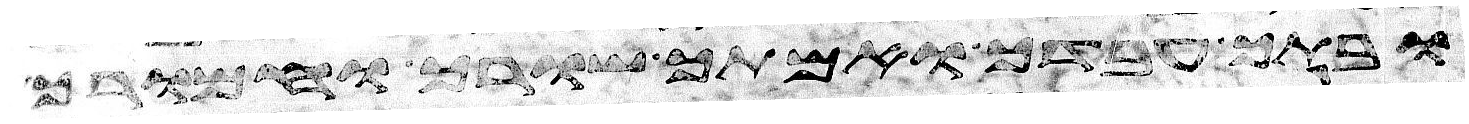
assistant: ובתך עבדך ואמתך שורך וחמורך